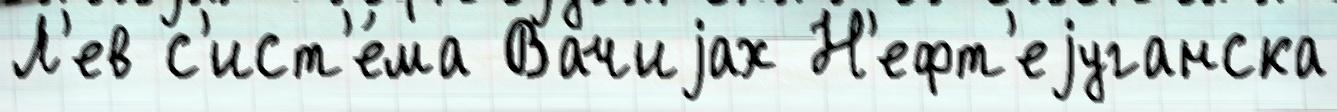
Л'ев с'ист'е́ма Вачиjах Н'ефт'еjуганска